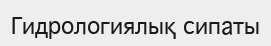
Гидрологиялық сипаты